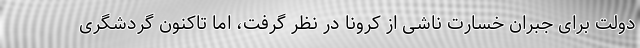
دولت برای جبران خسارت ناشی از کرونا در نظر گرفت، اما تاکنون گردشگری